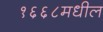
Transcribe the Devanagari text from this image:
१६६८मधील